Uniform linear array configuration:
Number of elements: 12
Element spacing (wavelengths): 0.75
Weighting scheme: hamming
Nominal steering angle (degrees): -15
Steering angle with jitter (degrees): -14.945
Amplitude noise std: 0.05
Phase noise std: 0.05

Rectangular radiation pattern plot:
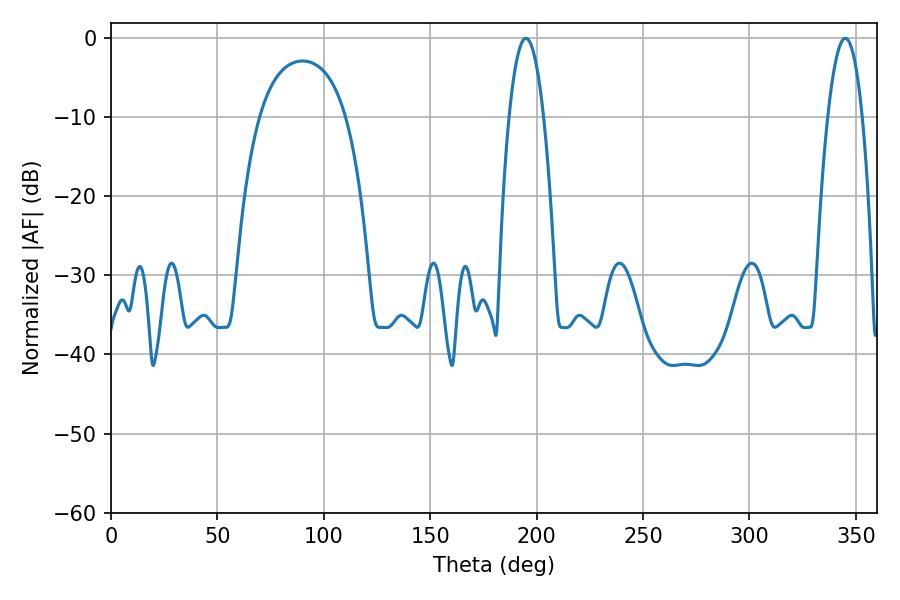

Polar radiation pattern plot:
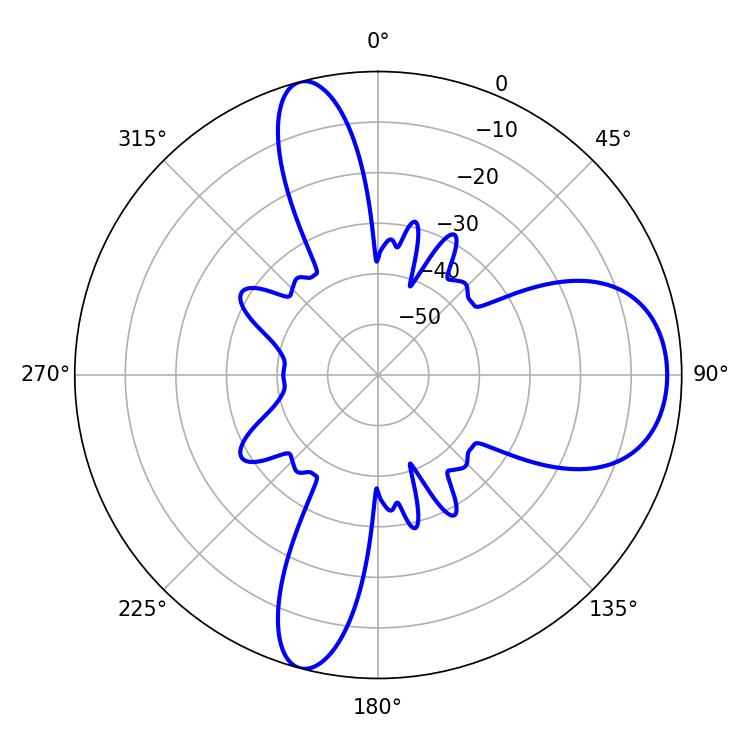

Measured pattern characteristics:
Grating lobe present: TRUE
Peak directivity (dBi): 10.731
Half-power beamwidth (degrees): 8.82
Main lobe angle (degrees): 194.94